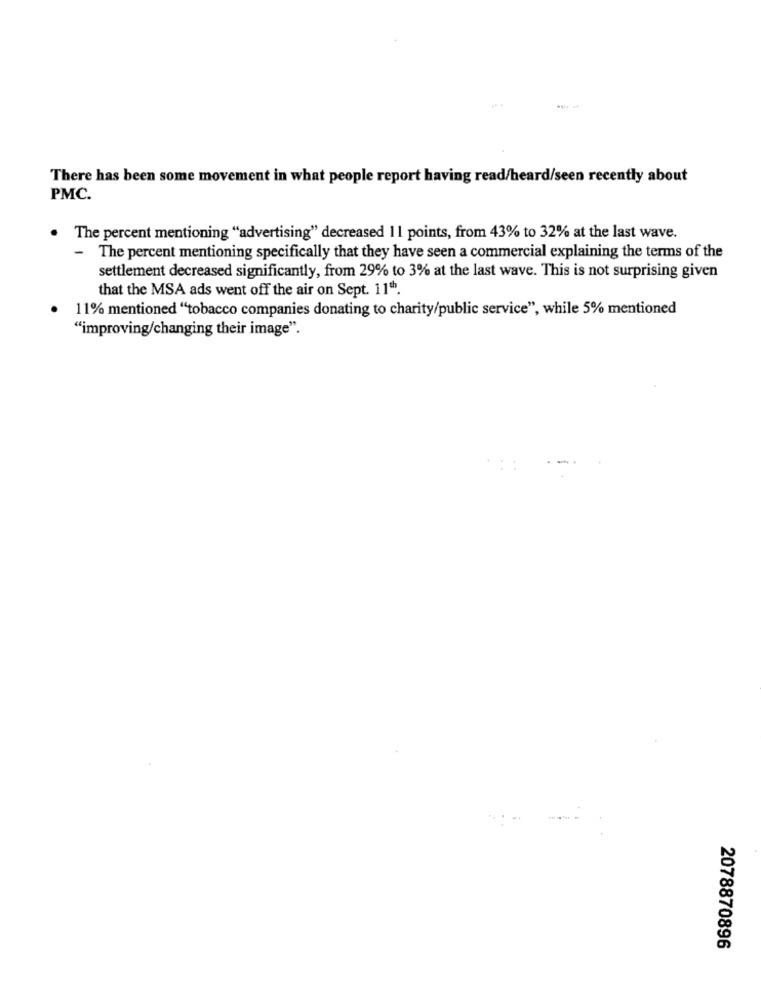
There has been some movement in what people report having read/heard/seen recently about
PMC.
.
The percent mentioning "advertising" decreased 11 points, from 43% to 32% at the last wave.
- The percent mentioning specifically that they have seen a commercial explaining the terms of the
settlement decreased significantly, from 29% to 3% at the last wave. This is not surprising given
that the MSA ads went off the air on Sept. 11".
11% mentioned "tobacco companies donating to charity/public service", while 5% mentioned
"improving/changing their image".
2078870896